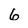
Character: 6